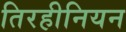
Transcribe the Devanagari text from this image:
तिरहीनियन